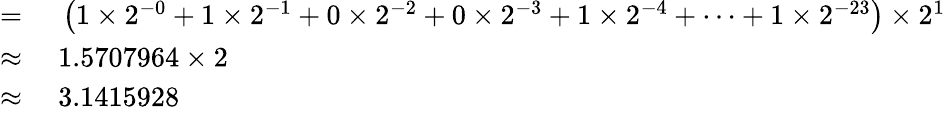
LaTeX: \begin{array}{rl}{={}}&{{}\left(1\times 2^{-0}+1\times 2^{-1}+0\times 2^{-2}+0\times 2^{-3}+1\times 2^{-4}+\cdots+1\times 2^{-23}\right)\times 2^{1}}\\ {\approx{}}&{{}1.5707964\times 2}\\ {\approx{}}&{{}3.1415928}\end{array}